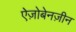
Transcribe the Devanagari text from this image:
ऐज़ोबेनज़ीन